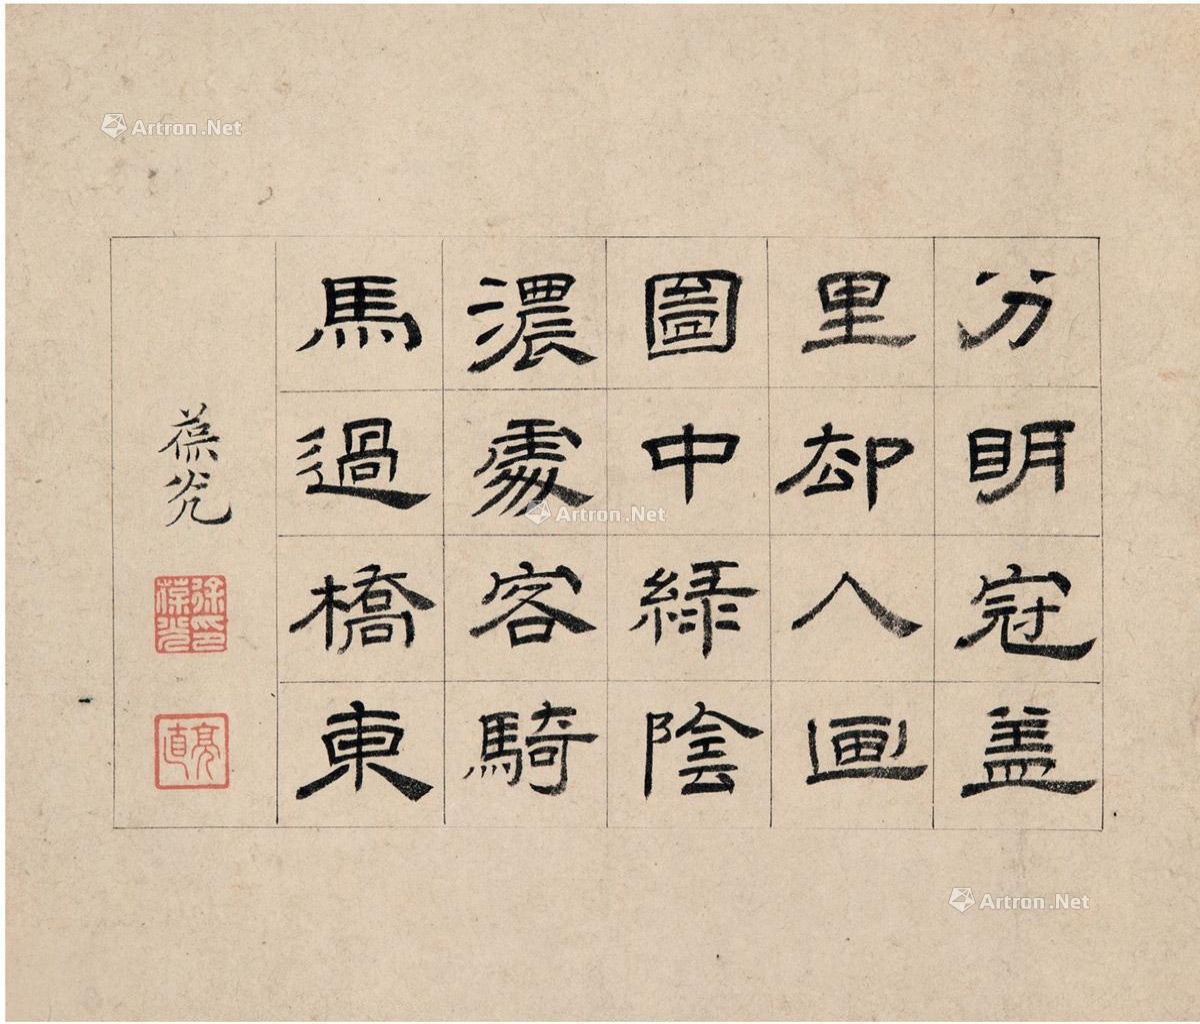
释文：分明冠盖里，却入画图中。绿阴浓处客，骑马过桥东。葆光。